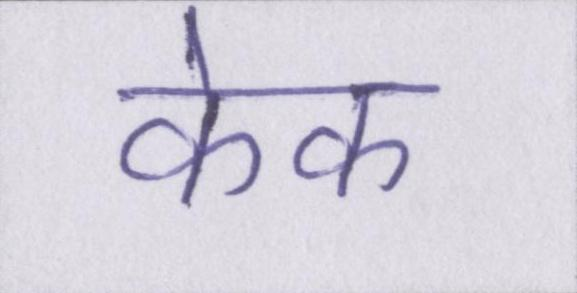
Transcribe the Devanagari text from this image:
केक